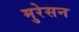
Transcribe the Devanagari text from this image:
मुरेसन